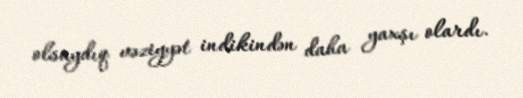
olsaydıq vəziyyət indikindən daha yaxşı olardı.